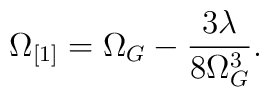
\Omega_{[1]} = \Omega_G - \frac{3 \lambda}{8 \Omega_G^3}.